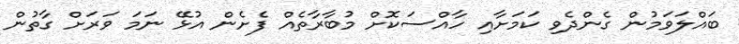
ބައްލަވަމުން ގެންދެވި ކަމަށާއި ހާއްސަކޮށް މުބާރާތެއް ފެށެން އުޅޭ ނަމަ ވަރަށް ގާތުން